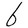
Character: b